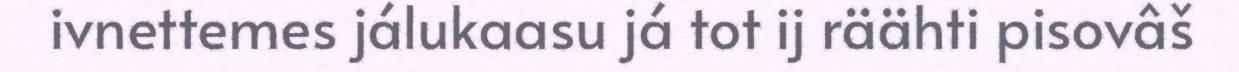
ivnettemes jálukaasu já tot ij räähti pisovâš